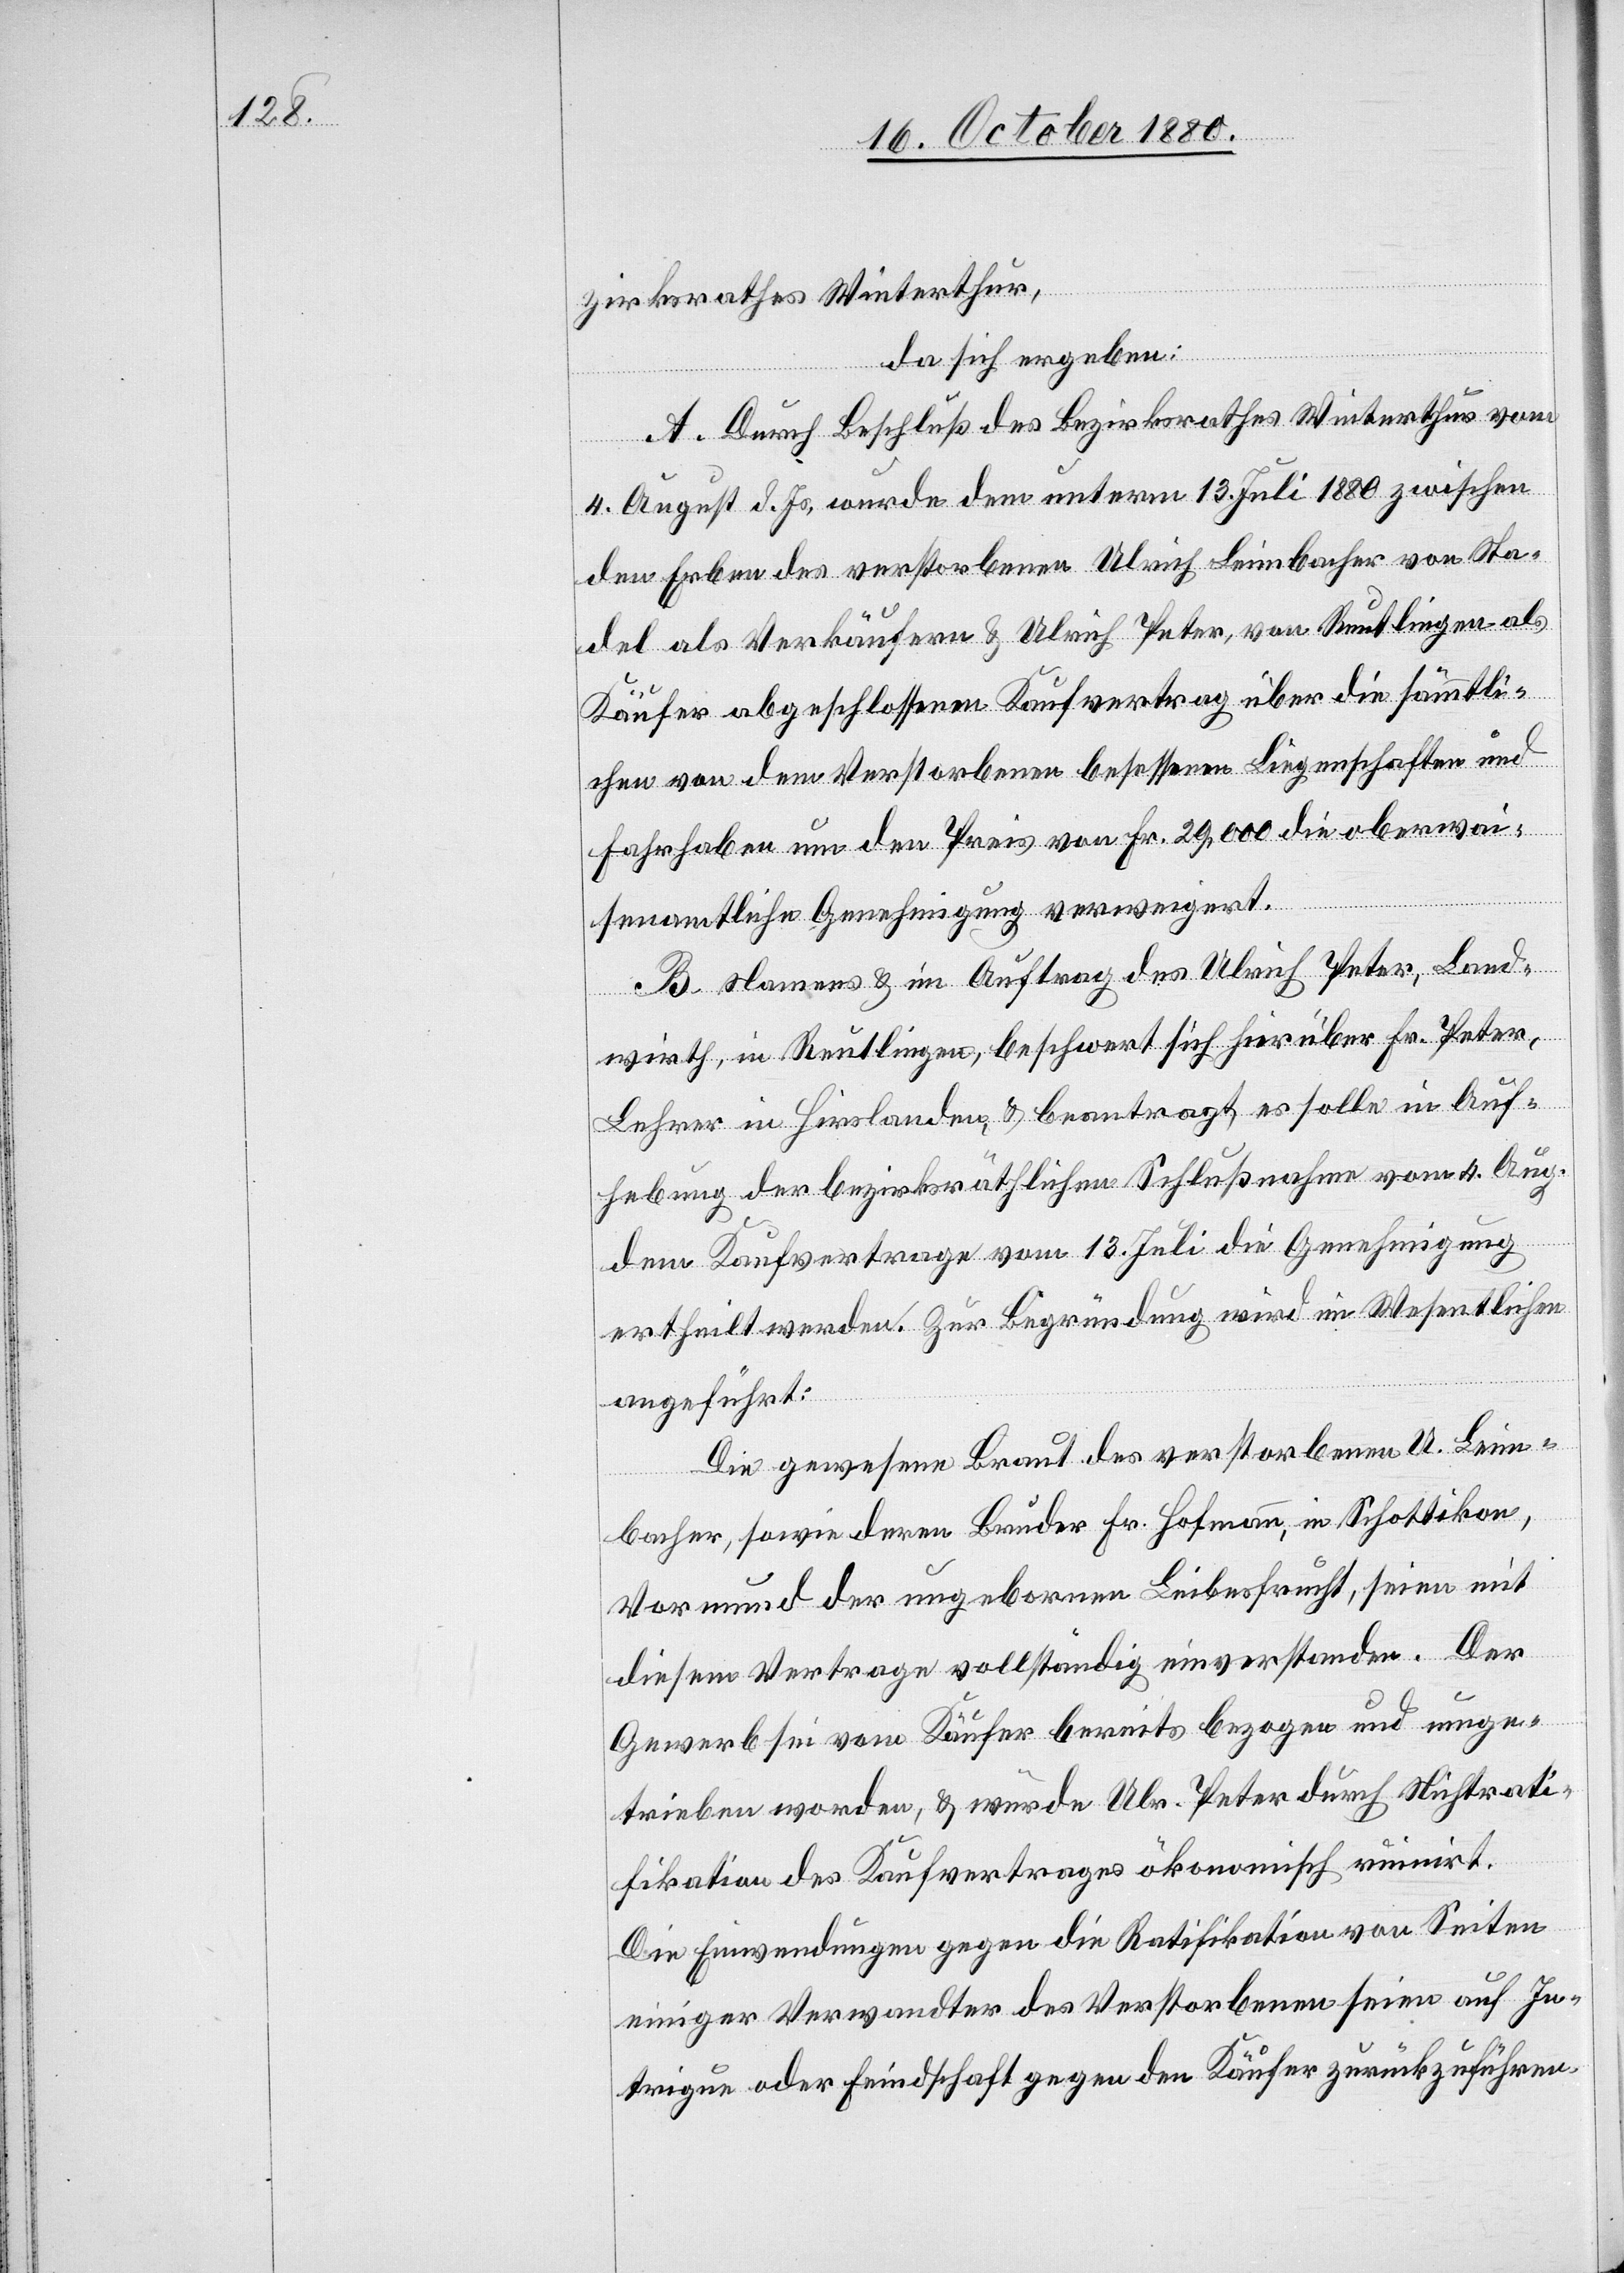
zirksrathes Winterthur,
da sich ergeben:
A. Durch Beschluß des Bezirksrathes Winterthur vom
4. August d. Js., wurde dem unterm 13. Juli 1880 zwischen
den Erben des verstorbenen Ulrich Leimbacher von Sta¬
del als Verkäufern & Ulrich Peter, von Reutlingen als
Käufer abgeschlossenen Kaufvertrag über die sämmtli¬
chen von dem Verstorbenen besessenen Liegenschaften und
Fahrhaben um den Preis von Fr. 29,000 die oberwai¬
senamtliche Genehmigung verweigert.
B. Namens & im Auftrag des Ulrich Peter, Land¬
wirth, in Reutlingen, beschwert sich hierüber Hr. Peter,
Lehrer in Hirslanden, & beantragt, es solle in Auf¬
hebung der bezirksräthlichen Schlußnahme vom 4. Aug.
dem Kaufvertrage vom 13. Juli die Genehmigung
ertheilt werden. Zur Begründung wird im Wesentlichen
aufgeführt:
Die gewesene Braut des verstorbenen U. Leim¬
bacher, sowie deren Bruder Hr. Hofmann, in Schottikon,
Vormund der ungeborenen Leibesfrucht, seien mit
diesem Vertrage vollständig einverstanden. Der
Gewerb sei vom Käufer bereits bezogen und umge¬
trieben worden, & würde Ulr. Peter durch Nichtrati¬
fikation des Kaufvertrages ökonomisch ruinirt.
Die Einwendungen gegen die Ratifikation von Seiten
einiger Verwandter des Verstorbenen seien auf In¬
trigue oder Feindschaft gegen den Käufer zurückzuführen.